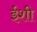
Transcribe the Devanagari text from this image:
ईशी